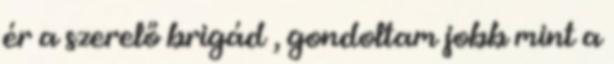
ér a szerelő brigád , gondoltam jobb mint a